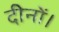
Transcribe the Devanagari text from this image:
दीनों।